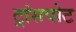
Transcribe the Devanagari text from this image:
ट्रांसपोट